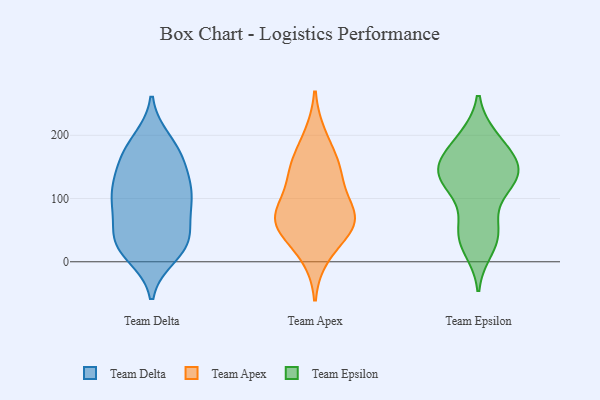
{"axis": {"x": "Headcount", "y": "Value"}, "legend": ["Team Apex", "Team Delta", "Team Epsilon"], "data": [{"x": "", "y": 25, "type": "Team Delta"}, {"x": "", "y": 95, "type": "Team Delta"}, {"x": "", "y": 75, "type": "Team Delta"}, {"x": "", "y": 39, "type": "Team Delta"}, {"x": "", "y": 183, "type": "Team Delta"}, {"x": "", "y": 35, "type": "Team Delta"}, {"x": "", "y": 112, "type": "Team Delta"}, {"x": "", "y": 192, "type": "Team Delta"}, {"x": "", "y": 127, "type": "Team Delta"}, {"x": "", "y": 17, "type": "Team Delta"}, {"x": "", "y": 176, "type": "Team Delta"}, {"x": "", "y": 43, "type": "Team Delta"}, {"x": "", "y": 161, "type": "Team Delta"}, {"x": "", "y": 98, "type": "Team Delta"}, {"x": "", "y": 10, "type": "Team Delta"}, {"x": "", "y": 30, "type": "Team Delta"}, {"x": "", "y": 136, "type": "Team Delta"}, {"x": "", "y": 94, "type": "Team Delta"}, {"x": "", "y": 101, "type": "Team Delta"}, {"x": "", "y": 153, "type": "Team Delta"}, {"x": "", "y": 58, "type": "Team Apex"}, {"x": "", "y": 11, "type": "Team Apex"}, {"x": "", "y": 90, "type": "Team Apex"}, {"x": "", "y": 148, "type": "Team Apex"}, {"x": "", "y": 75, "type": "Team Apex"}, {"x": "", "y": 197, "type": "Team Apex"}, {"x": "", "y": 148, "type": "Team Apex"}, {"x": "", "y": 139, "type": "Team Apex"}, {"x": "", "y": 69, "type": "Team Apex"}, {"x": "", "y": 58, "type": "Team Apex"}, {"x": "", "y": 58, "type": "Team Apex"}, {"x": "", "y": 127, "type": "Team Epsilon"}, {"x": "", "y": 195, "type": "Team Epsilon"}, {"x": "", "y": 149, "type": "Team Epsilon"}, {"x": "", "y": 124, "type": "Team Epsilon"}, {"x": "", "y": 107, "type": "Team Epsilon"}, {"x": "", "y": 133, "type": "Team Epsilon"}, {"x": "", "y": 53, "type": "Team Epsilon"}, {"x": "", "y": 160, "type": "Team Epsilon"}, {"x": "", "y": 142, "type": "Team Epsilon"}, {"x": "", "y": 39, "type": "Team Epsilon"}, {"x": "", "y": 34, "type": "Team Epsilon"}, {"x": "", "y": 135, "type": "Team Epsilon"}, {"x": "", "y": 21, "type": "Team Epsilon"}, {"x": "", "y": 188, "type": "Team Epsilon"}, {"x": "", "y": 155, "type": "Team Epsilon"}, {"x": "", "y": 151, "type": "Team Epsilon"}, {"x": "", "y": 195, "type": "Team Epsilon"}, {"x": "", "y": 54, "type": "Team Epsilon"}]}